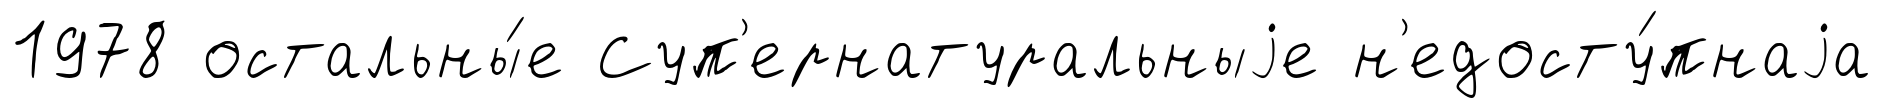
1978 остальны́е Суп'ернатуральныjе н'едосту́пнаjа